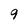
Character: 9